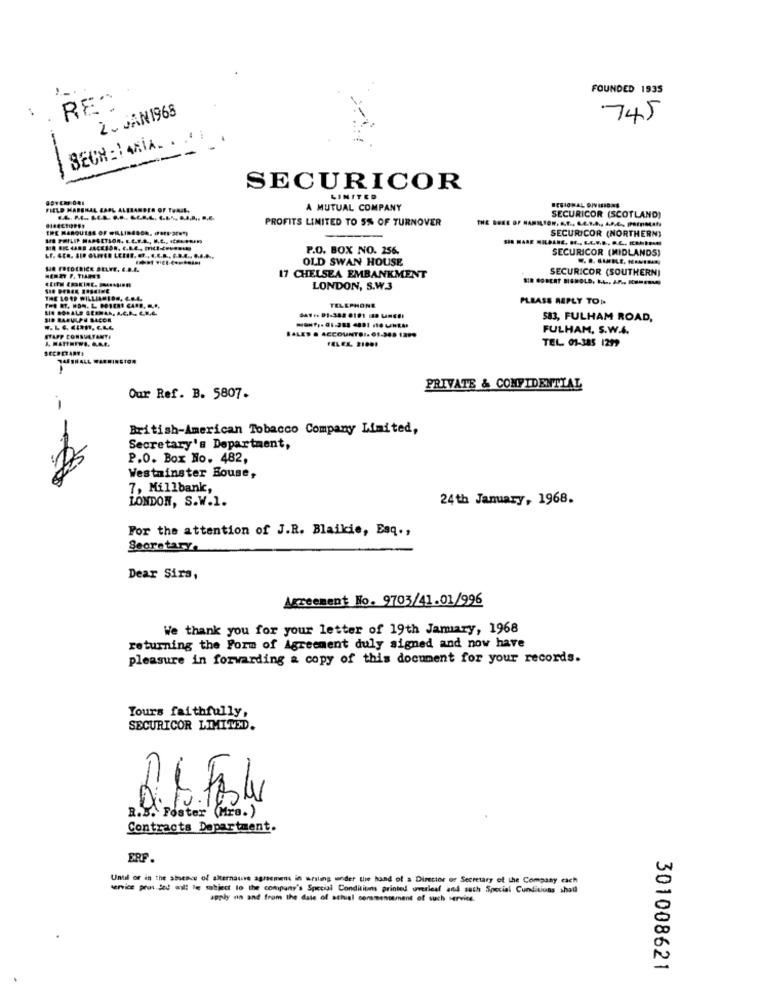
FOUNDED 1935
RE-
2. JAN1968
745
SECH : 14MiA. . ..
---
SECURICOR
LIMITED
FIELD MARSHAL ZAPL ALLIANDER OF THAIL.
A MUTUAL COMPANY
PROFITS LIMITED TO 5% OF TURNOVER
SECURICOR (SCOTLAND)
SECTORES
ERE MARQUISE OF WILLIBESON, POETSEN!)
1 PHILIP MARSETSOR. E.E.F.A ., H.C .. .... .....
SIE MARE KILDARE. ... E.C.V.D. O.C ., ERARMI
SECURICOR (NORTHERN)
P.O. BOX NO. 256.
SECURICOR (MIDLANDS)
OLD SWAN HOUSE
We FREDERICK BELEE. E.B.A.
SECURICOR (SOUTHERN]
HERE F. TIANE
17 CHELSEA EMBANKMENT
LONDON, S.W.3
PLEASE REPLY TOP-
LIS BONALD SEEMAN, A.C.A ., C.N.C.
TELEPHONE
SID RABULPE BACON
583, FULHAM ROAD,
SALES & ACCOUNTS !. 01.343 1299
FULHAM, S.W.4.
STAPP CONSULTANTE
TEL 01-385 1219
SECRETARY!
PRIVATE & CONFIDENTIAL
Our Ref. B. 5807.
British-American Tobacco Company Limited,
Secretary's Department,
P.O. Box No. 482,
Westminster Bouse,
7, Millbank,
LONDON, S.W.1.
24th January, 1968.
For the attention of J.R. Blaikie, Esq .,
Secretary.
Dear Sirs,
Agreement No. 9703/41.01/996
We thank you for your letter of 19th Jamary, 1968
returning the Form of Agreement duly signed and now have
pleasure in forwarding & copy of this document for your records.
Yours faithfully,
SECURICOR LIMITED.
R.6.Fest
R.B. Foster (Mra. )
Contracts Department.
ERF.
Until or in the absence of alternaurs agreement in writing under the hand of a Director of Secretary of the Company each
service prons det will le subject to the company's Special Conditions printed overleaf and such Special Cunditions shall
apply na and from the date of athal commencement of such service.
301008621